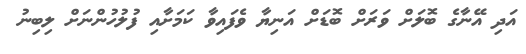
އަދި އޭނާގެ ބޮލަށް ވަރަށް ބޮޑަށް އަނިޔާ ވެފައިވާ ކަމަށާއި ފުލުހުންނަށް ލިބިނު